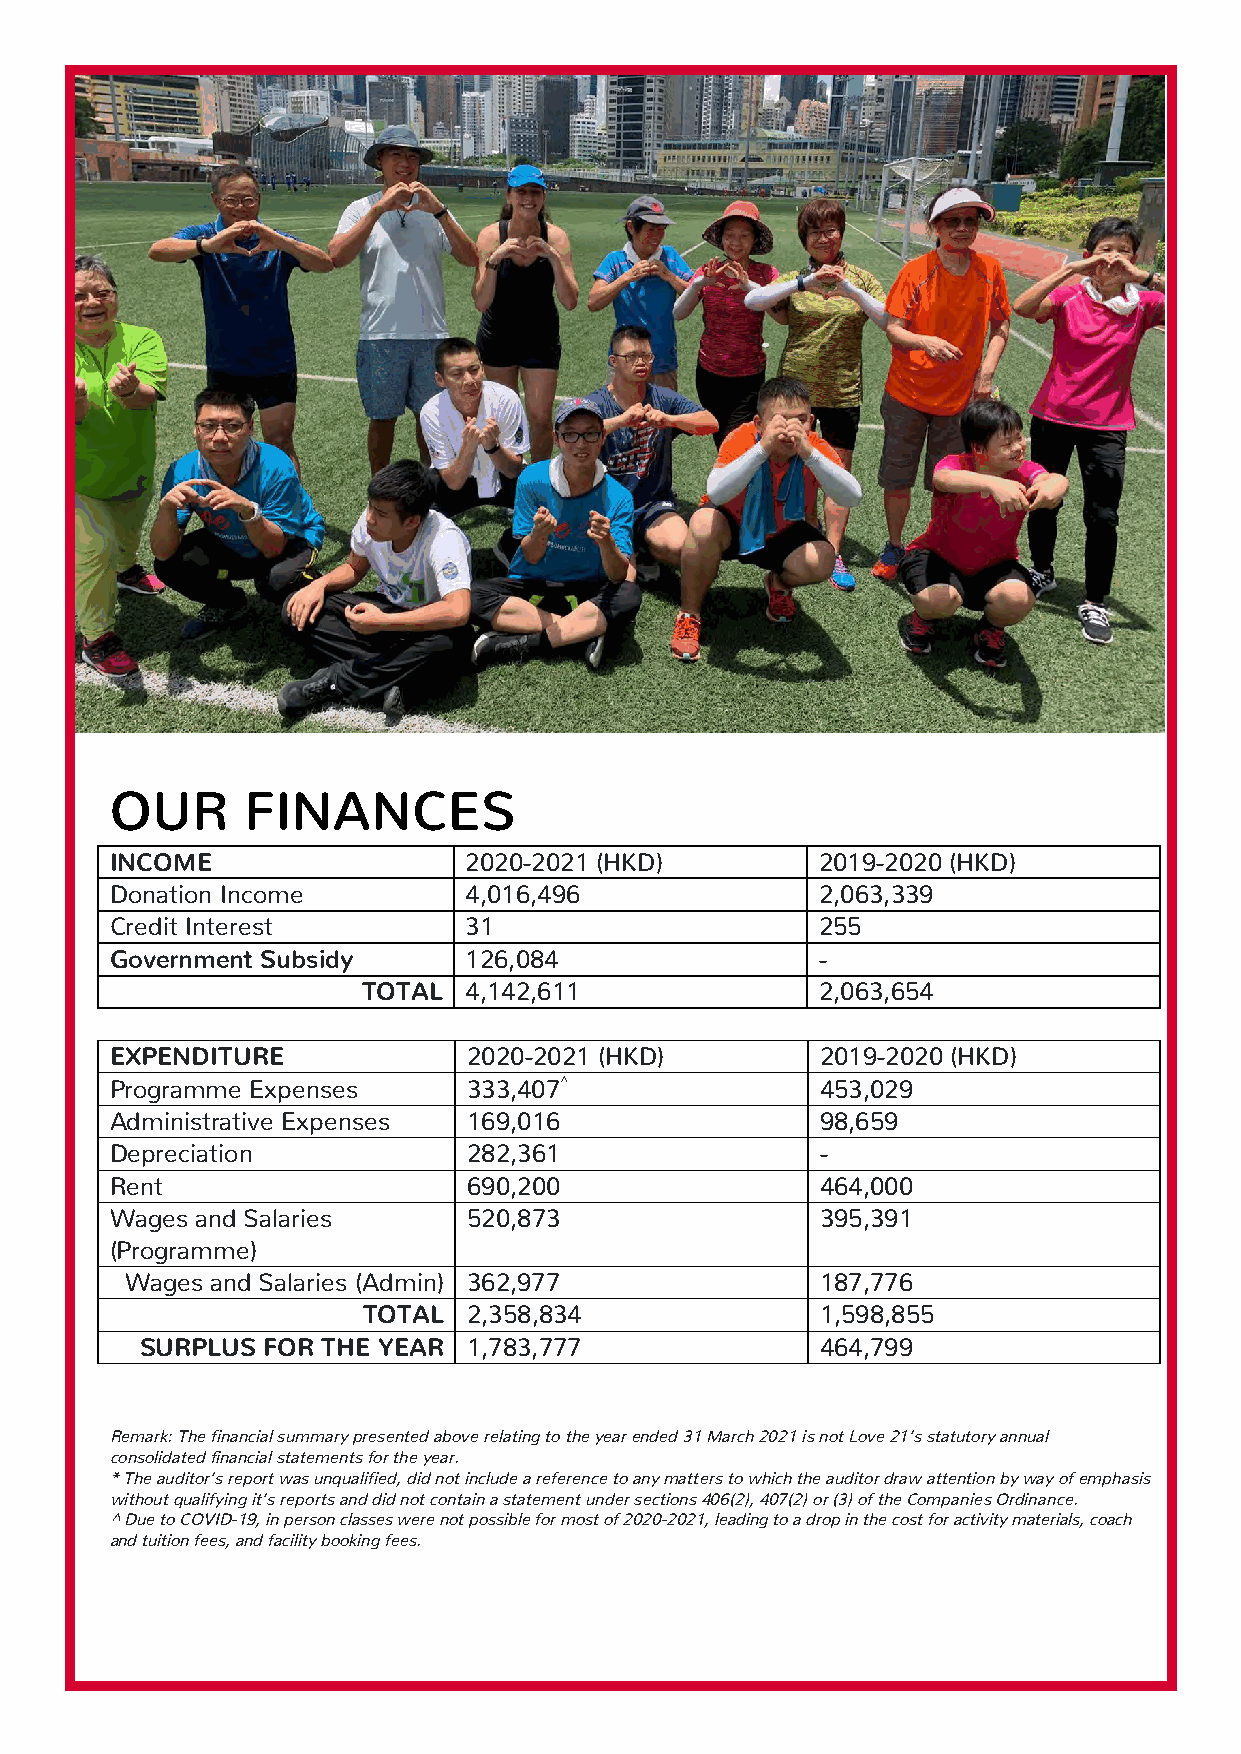
OUR      FINANCES
 INCOME                  2020-2021 (HKD)        2019-2020 (HKD)
 Donation Income         4,016,496              2,063,339
 Credit Interest         31                     255
 Government Subsidy      126,084                -
 TOTAL  4,142,611              2,063,654
 EXPENDITURE             2020-2021 (HKD)        2019-2020 (HKD)
 Programme Expenses      333,407 ^              453,029
 Administrative Expenses 169,016                98,659
 Depreciation            282,361                -
 Rent                    690,200                464,000
 Wages and Salaries      520,873                395,391
 (Programme)
 Wages and Salaries (Admin) 362,977            187,776
 TOTAL  2,358,834              1,598,855
 SURPLUS FOR THE YEAR  1,783,777              464,799
 Remark: The financial summary presented above relating to the year ended 31 March 2021 is not Love 21’s statutory annual
 consolidated financial statements for the year.
 * The auditor’s report was unqualified, did not include a reference to any matters to which the auditor draw attention by way of emphasis
 without qualifying it’s reports and did not contain a statement under sections 406(2), 407(2) or (3) of the Companies Ordinance.
 ^ Due to COVID-19, in person classes were not possible for most of 2020-2021, leading to a drop in the cost for activity materials, coach
 and tuition fees, and facility booking fees.